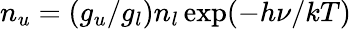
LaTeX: n_{u}=(g_{u}/g_{l})n_{l}\exp(-h\nu/kT)